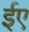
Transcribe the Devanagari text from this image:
ईए